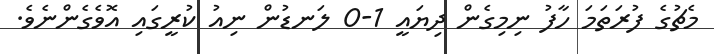
މެޗުގެ ފުރަތަމަ ހާފު ނިމިގެން ދިޔައީ 1-0 ލަނޑުން ނިއު ކުރީގައި އޮވެގެންނެވެ.